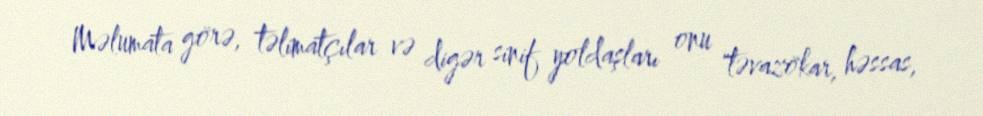
Məlumata görə, təlimatçılar və digər sinif yoldaşları onu "təvazökar, həssas,